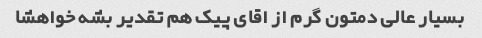
بسیار عالی دمتون گرم از اقای پیک هم تقدیر بشه خواهشا